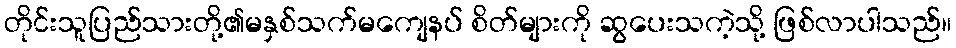
တိုင်းသူပြည်သားတို့၏မနှစ်သက်မကျေနပ် စိတ်များကို ဆွပေးသကဲ့သို့ ဖြစ်လာပါသည်။